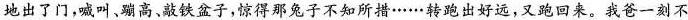
地出了门，喊叫、蹦高、敲铁盆子，惊得那兔子不知所措……转跑出好远，又跑田来。我爸一刻不